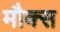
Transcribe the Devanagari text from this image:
मौक्स